Civil Veterinary Dept. Assam report 1927-50 - 1927-1950
Year: 1927
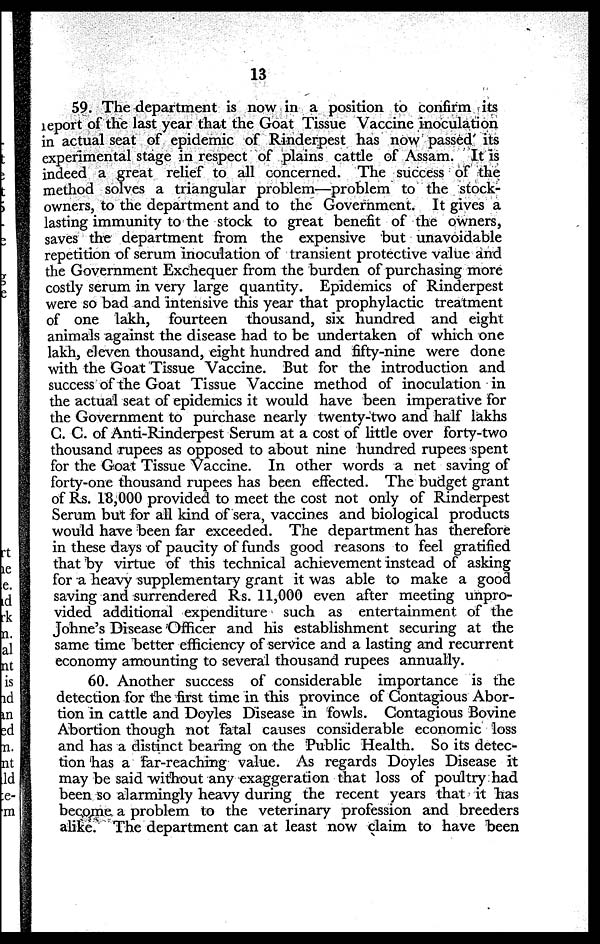
13
59. The department is now in a position to confirm its
report of the last year that the Goat Tissue Vaccine inoculation
in actual seat of epidemic of Rinderpest has now passed its
experimental stage in respect of plains cattle of Assam. It is
indeed a great relief to all concerned. The success of the
method solves a triangular problem—problem to the stock-
owners, to the department and to the Government. It gives a
lasting immunity to the stock to great benefit of the owners,
saves the department from the expensive but unavoidable
repetition of serum inoculation of transient protective value and
the Government Exchequer from the burden of purchasing more
costly serum in very large quantity. Epidemics of Rinderpest
were so bad and intensive this year that prophylactic treatment
of one lakh, fourteen thousand, six hundred and eight
animals against the disease had to be undertaken of which one
lakh, eleven thousand, eight hundred and fifty-nine were done
with the Goat Tissue Vaccine. But for the introduction and
success of the Goat Tissue Vaccine method of inoculation in
the actual seat of epidemics it would have been imperative for
the Government to purchase nearly twenty-two and half lakhs
C. C. of Anti-Rinderpest Serum at a cost of little over forty-two
thousand rupees as opposed to about nine hundred rupees spent
for the Goat Tissue Vaccine. In other words a net saving of
forty-one thousand rupees has been effected. The budget grant
of Rs. 18,000 provided to meet the cost not only of Rinderpest
Serum but for all kind of sera, vaccines and biological products
would have been far exceeded. The department has therefore
in these days of paucity of funds good reasons to feel gratified
that by virtue of this technical achievement instead of asking
for a heavy supplementary grant it was able to make a good
saving and surrendered Rs. 11,000 even after meeting unpro-
vided additional expenditure such as entertainment of the
Johne's Disease Officer and his establishment securing at the
same time better efficiency of service and a lasting and recurrent
economy amounting to several thousand rupees annually.
60. Another success of considerable importance is the
detection for the first time in this province of Contagious Abor-
tion in cattle and Doyles Disease in fowls. Contagious Bovine
Abortion though not fatal causes considerable economic loss
and has a distinct bearing on the Public Health. So its detec-
tion has a far-reaching value. As regards Doyles Disease it
may be said without any exaggeration that loss of poultry had
been so alarmingly heavy during the recent years that it has
become a problem to the veterinary profession and breeders
alike. The department can at least now claim to have been